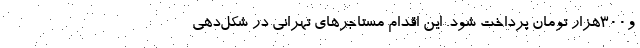
و300هزار تومان پرداخت شود. این اقدام مستاجرهای تهرانی در شکل‌‌دهی